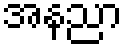
အနညာ